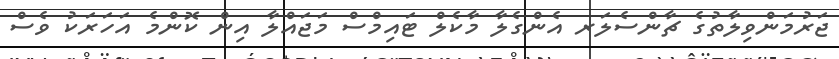
ޖަރުމަންވިލާތުގެ ޗާންސެލަރ އެންގެލާ މާކެލް ޓައިމްސް މަޖައްލާ އިން ކޮންމެ އަހަރަކު ވެސް